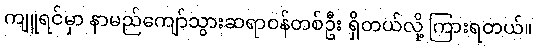
ကျူရင်မှာ နာမည်ကျော်သွားဆရာဝန်တစ်ဦး ရှိတယ်လို့ ကြားရတယ်။